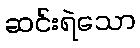
ဆင်းရဲသော